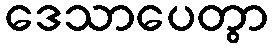
ဒေသာပေတွာ